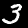
Digit: 3